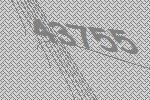
43755